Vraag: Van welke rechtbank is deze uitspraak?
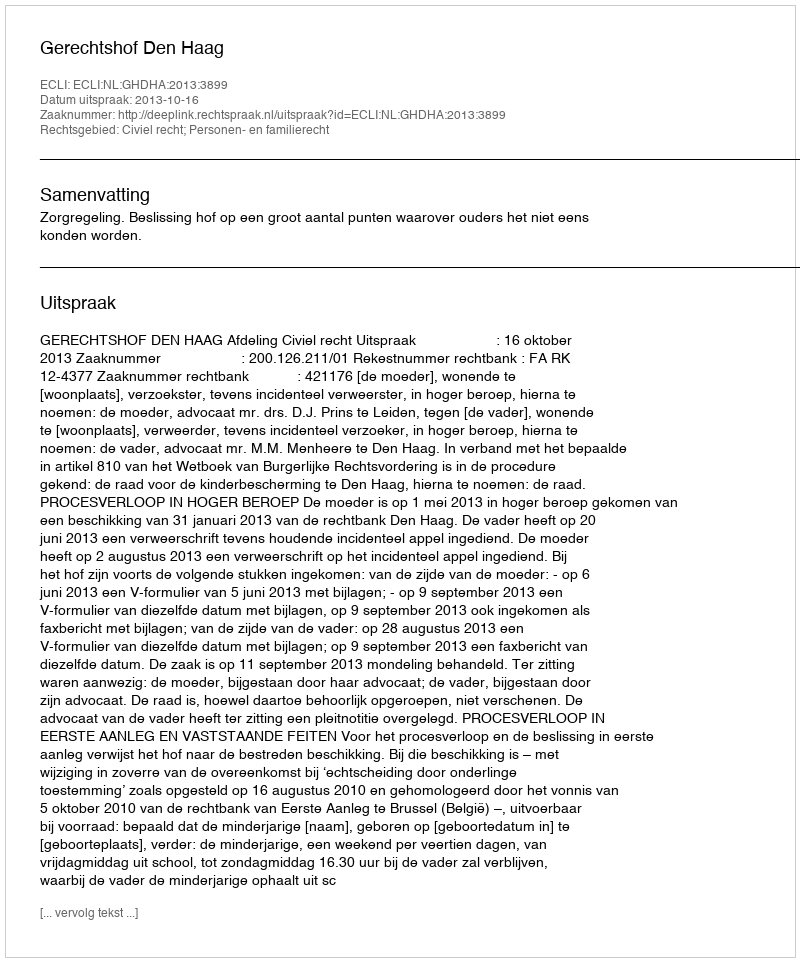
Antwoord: Gerechtshof Den Haag